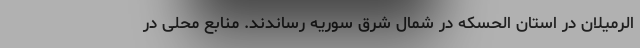
الرمیلان در استان الحسکه در شمال شرق سوریه رساندند. منابع محلی در